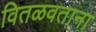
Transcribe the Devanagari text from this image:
वितळवताना